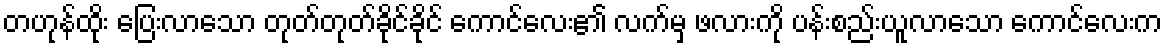
တဟုန်ထိုး ပြေးလာသော တုတ်တုတ်ခိုင်ခိုင် ကောင်လေး၏ လက်မှ ဖလားကို ပန်းစည်းယူလာသော ကောင်လေးက